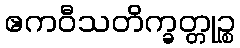
ဧကဝီသတိက္ခတ္တုဉ္စ